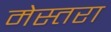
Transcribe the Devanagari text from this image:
मेस्तरा